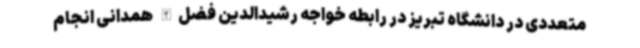
متعددی در دانشگاه تبریز در رابطه خواجه رشیدالدین فضل‌الله همدانی انجام